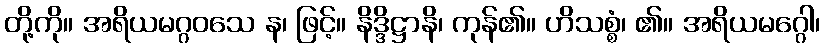
တို့ကို။ အရိယမဂ္ဂဝသေ န၊ ဖြင့်။ နိဒ္ဒိဋ္ဌာနိ၊ ကုန်၏။ ဟိသစ္စံ၊ ၏။ အရိယမဂ္ဂေါ၊